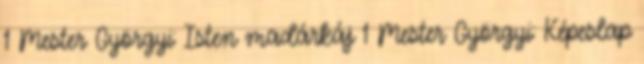
1 Mester Györgyi: Isten madárkáj 1 Mester Györgyi: Képeslap